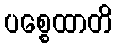
ပစ္စေထာတိ